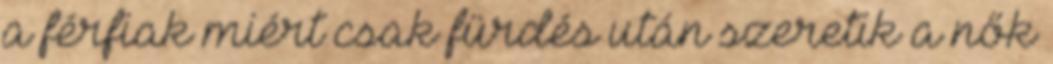
a férfiak miért csak fürdés után szeretik a nők